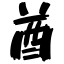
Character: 酋